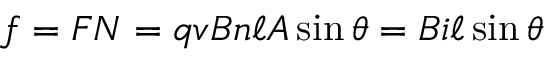
f = F N = q v B n \ell A \sin \theta = B i \ell \sin \theta